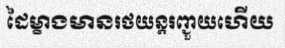
ដៃម្ខាងមានរថយន្តរញ្ជួយហើយ